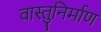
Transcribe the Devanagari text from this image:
वास्तुनिर्माण